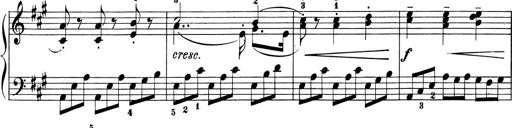
Title: 6 Piano Sonatinas
Composer: Cornelius Gurlitt